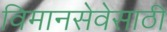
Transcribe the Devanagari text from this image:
विमानसेवेसाठी